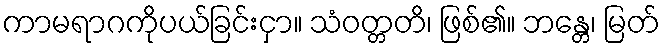
ကာမရာဂကိုပယ်ခြင်းငှာ။ သံဝတ္တတိ၊ ဖြစ်၏။ ဘန္တေ၊ မြတ်